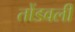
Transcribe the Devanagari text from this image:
तोंडवली